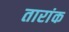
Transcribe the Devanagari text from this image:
तारांक